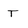
Character: T